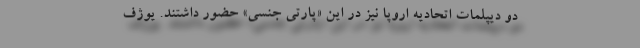
دو دیپلمات اتحادیه اروپا نیز در این «پارتی جنسی» حضور داشتند. یوژف